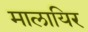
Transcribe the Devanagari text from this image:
मालायिर